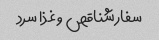
سفارشناقص و غذا سرد